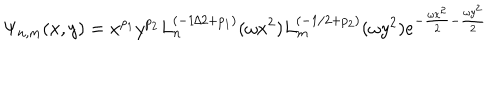
LaTeX: \Psi _ { n , m } ( x , y ) = x ^ { p _ { 1 } } y ^ { p _ { 2 } } L _ { n } ^ { ( - 1 / 2 + p _ { 1 } ) } ( \omega x ^ { 2 } ) L _ { m } ^ { ( - 1 / 2 + p _ { 2 } ) } ( \omega y ^ { 2 } ) e ^ { - \frac { \omega x ^ { 2 } } { 2 } - \frac { \omega y ^ { 2 } } { 2 } } \,